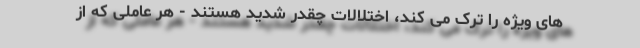
های ویژه را ترک می کند، اختلالات چقدر شدید هستند - هر عاملی که از